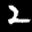
Label: 2